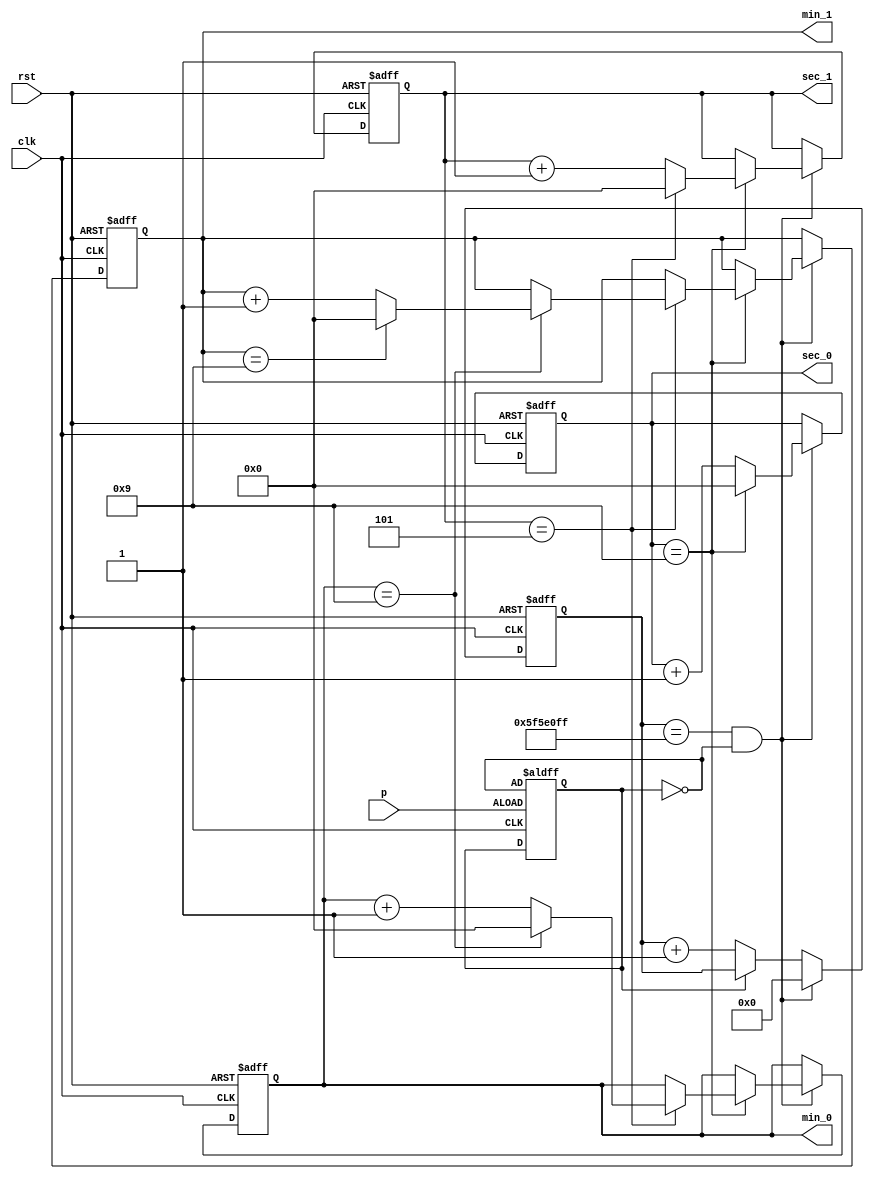
`timescale 1ns / 1ps
//////////////////////////////////////////////////////////////////////////////////
// Company: 
// Engineer: 
// 
// Design Name: 
// Module Name:    counter 
// Project Name: 
// Target Devices: 
// Tool versions: 
// Description: 
//
// Dependencies: 
//
// Revision: 
// Revision 0.01 - File Created
// Additional Comments: 
//
//////////////////////////////////////////////////////////////////////////////////
module counter1(rst, clk, p, sec_0, sec_1, min_0, min_1
    );
	
	input wire clk;
	input wire rst;
	output reg [3:0] sec_0;
	output reg [3:0] sec_1;
	output reg [3:0] min_0;
	output reg [3:0] min_1;
	input wire p;
	
	reg [26:0] counter;
	
	reg paused=0;
	reg g = 0;
	always @(posedge p or posedge clk) 
	begin
		if(p) begin
			paused <= ~paused;
			g=1;
		end
		else begin
			paused <= paused;
			g = 0;
		end
	end
	
	always @(posedge(clk) or posedge(rst))
	begin
		if (rst) begin 
			sec_0 <= 4'b0;
			sec_1 <= 4'b0;
			min_0 <= 4'b0;
			min_1 <= 4'b0;
			counter <= 27'b0;
		end
		else if(counter ==  (100000000 - 1) && ~paused) begin
			counter <= 27'b0;
			sec_0 <= sec_0 + 4'b1;
			if(sec_0 == 9) 
			begin
				sec_0 <= 4'b0;
				sec_1 <= sec_1 + 4'b1;
				if(sec_1 == 5) begin
					sec_1 <= 0;
					min_0 <= min_0 + 4'b1;
					if(min_0 == 9)
					begin
						min_0 <= 0;
						min_1 <= min_1 + 4'b1;
						if(min_1 == 9) begin
							min_0 <=0;
							min_1 <=0;
							sec_0 <= 0;
							sec_1 <= 0;
						end
					end
				end
			end
		end
		else if(~paused) begin
			counter <= counter + 27'b1;
		end	
		
	end
	
endmodule